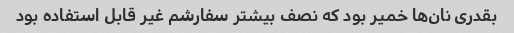
بقدری نان‌ها خمیر بود که نصف بیشتر سفارشم غیر قابل استفاده بود